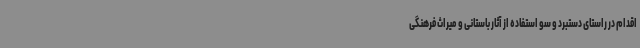
اقدام در راستای دستبرد و سو استفاده از آثار باستانی و میراث فرهنگی